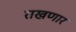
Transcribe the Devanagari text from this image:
राखणार